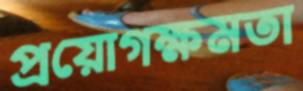
প্রয়োগক্ষমতা